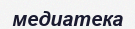
медиатека